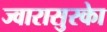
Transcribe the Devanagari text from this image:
ज्वारासुरकाे